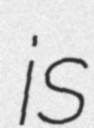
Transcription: is